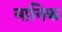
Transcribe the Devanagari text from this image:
नानिक